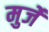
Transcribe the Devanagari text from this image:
मुर्जे